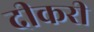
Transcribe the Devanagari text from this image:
दीकरी